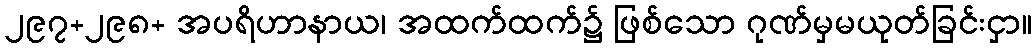
၂၉၇+၂၉၈+ အပရိဟာနာယ၊ အထက်ထက်၌ ဖြစ်သော ဂုဏ်မှမယုတ်ခြင်းငှာ။